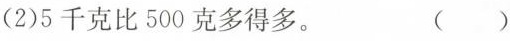
（2）5千克比500克多得多。 （ ）